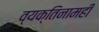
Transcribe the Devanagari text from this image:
व्यक्तिनामही